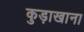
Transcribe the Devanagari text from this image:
कुड़ाखाना